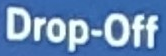
Drop-Off